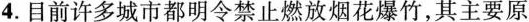
4.目前许多城市都明令禁止燃放烟花爆竹，其主要原